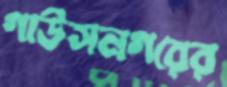
গাউসনগরের